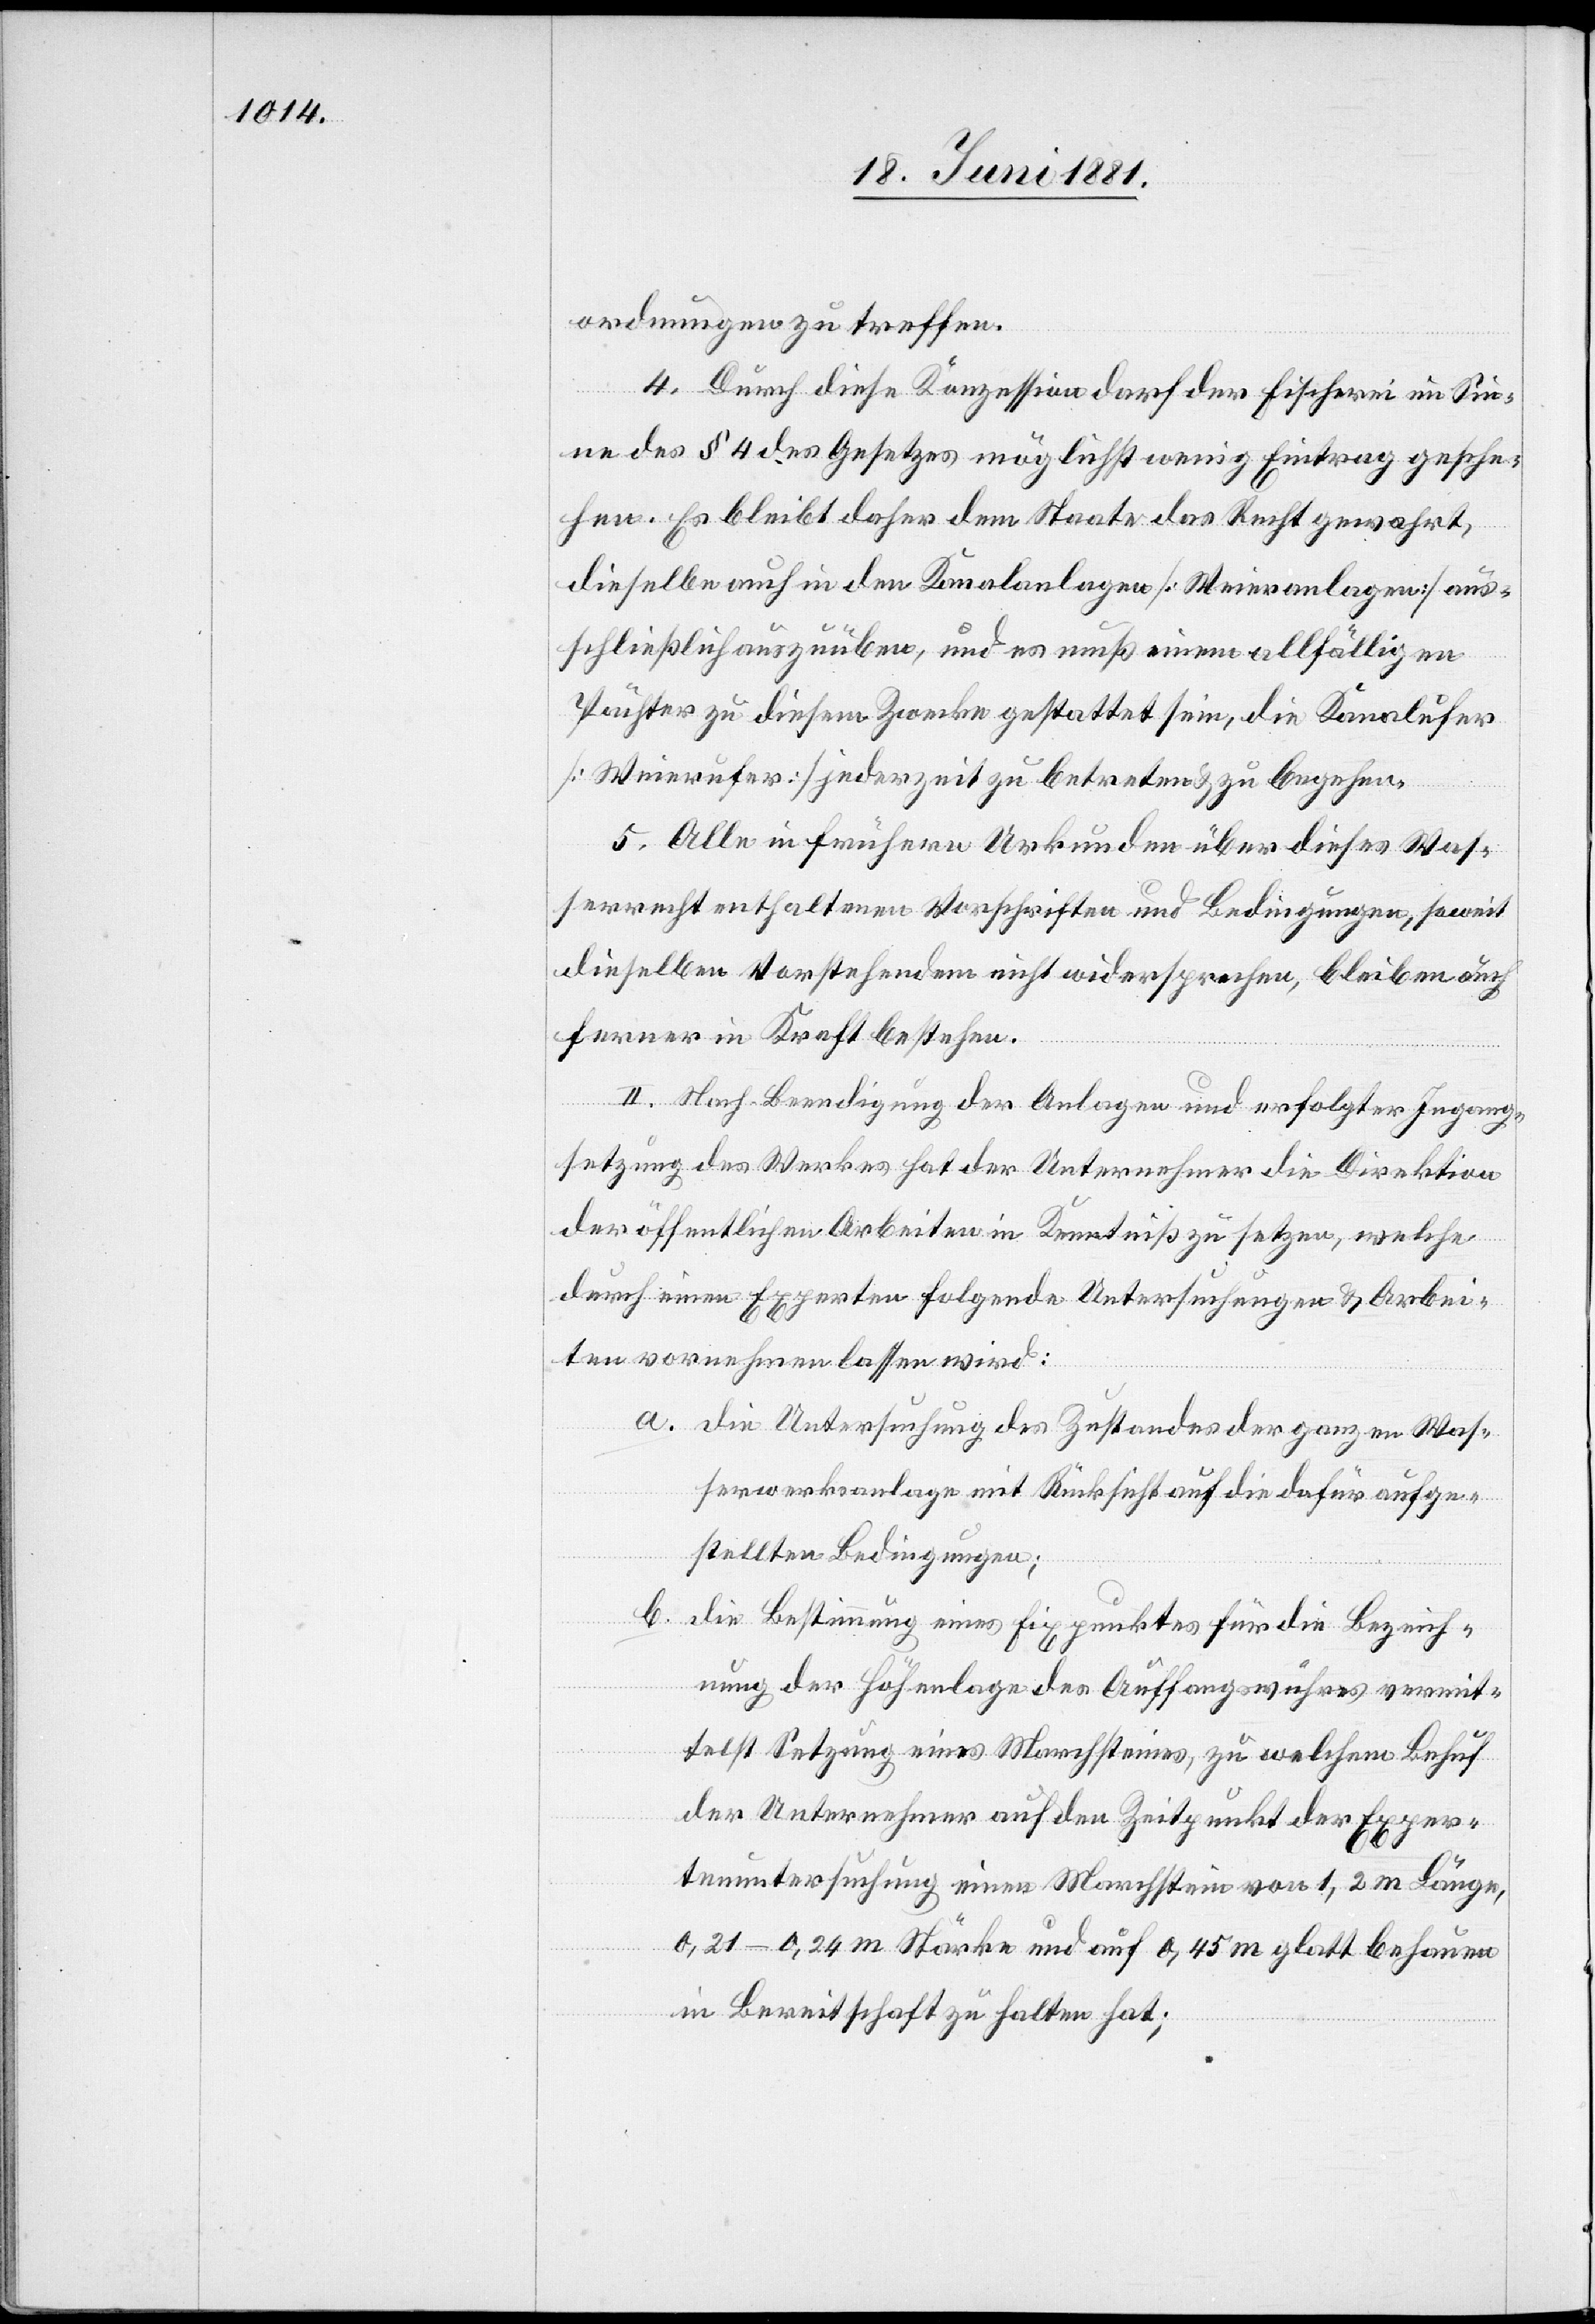
ordnungen zu treffen.
4. Durch diese Konzession darf der Fischerei im Sin¬
ne des § 4 des Gesetzes möglichst wenig Eintrag gesche¬
hen. Es bleibt daher dem Staate das Recht gewahrt,
dieselbe auch in den Kanalanlagen [Weieranlagen] aus¬
schließlich auszuüben, und es muß einem allfälligen
Pächter zu diesem Zwecke gestattet sein, die Kanalufer
[Weierufer] jederzeit zu betreten & zu begehen.
5. Alle in frühern Urkunden über dieses Was¬
serrecht enthaltenen Vorschriften und Bedingungen, soweit
dieselben Vorstehendem nicht widersprechen, bleiben auch
ferner in Kraft bestehen.
II. Nach Beendigung der Analgen und erfolgter Ingang¬
setzung des Werkes hat der Unternehmer die Direktion
der öffentlichen Arbeiten in Kenntniß zu setzen, welche
durch einen Experten folgende Untersuchungen & Arbei¬
ten vornehmen lassen wird:
a. die Untersuchung des Zustandes der ganzen Was¬
serwerksanlage mit Rücksicht auf die dafür aufge¬
stellten Bedingungen.
b.
die Bestimmung eines Fixpunktes für die Bezeich¬
nung der Höhenlage des Auffangswuhres vermit¬
telst Setzung eines Marchsteines, zu welchem Behuf
der Unternehmer auf den Zeitpunkt der Exper¬
tenuntersuchung einen Marchstein von 1,2 m Länge,
0,21–0,24 m Stärke und auf 0,45 m glatt gehauen
in Bereitschaft zu halten hat;